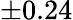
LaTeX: \pm 0.24